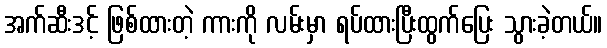
အက်ဆီးဒင့် ဖြစ်ထားတဲ့ ကားကို လမ်းမှာ ရပ်ထားပြီးထွက်ပြေး သွားခဲ့တယ်။